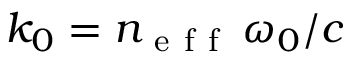
k _ { 0 } = n _ { \mathrm { ~ e ~ f ~ f ~ } } \, \omega _ { 0 } / c